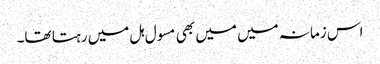
اس زمانہ میں میں بھی مسول ہل میں رہتا تھا۔